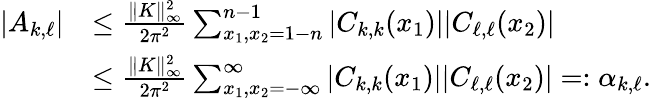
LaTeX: \begin{array}{rl}{|A_{k,\ell}|}&{\le\frac{\| K\| _{\infty}^{2}}{2\pi^{2}}\sum_{x_{1},x_{2}=1-n}^{n-1}|C_{k,k}(x_{1})||C_{\ell,\ell}(x_{2})|}\\ &{\le\frac{\| K\| _{\infty}^{2}}{2\pi^{2}}\sum_{x_{1},x_{2}=-\infty}^{\infty}|C_{k,k}(x_{1})||C_{\ell,\ell}(x_{2})|=:\alpha_{k,\ell}.}\end{array}